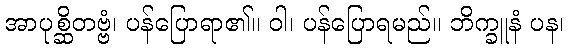
အာပုစ္ဆိတဗ္ဗံ၊ ပန်ပြောရာ၏။ ဝါ၊ ပန်ပြောရမည်။ ဘိက္ခူနံ ပန၊